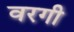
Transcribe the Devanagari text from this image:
वरगी